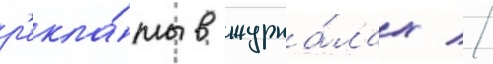
р'екла́мы в журна́лах //